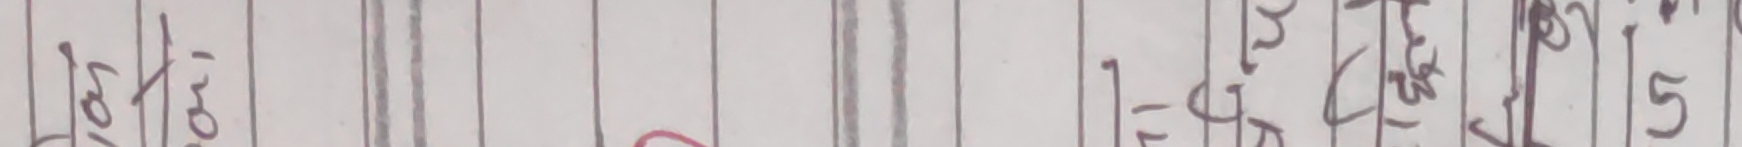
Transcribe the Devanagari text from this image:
१७०। लाई १ लिटर ५५